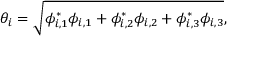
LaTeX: \theta _ { i } = \sqrt { \phi _ { i , 1 } ^ { * } \phi _ { i , 1 } + \phi _ { i , 2 } ^ { * } \phi _ { i , 2 } + \phi _ { i , 3 } ^ { * } \phi _ { i , 3 } } ,